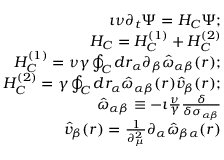
\begin{array} { r l r } & { } & { \imath \nu \partial _ { t } \Psi = { \cal H } _ { C } \Psi ; } \\ & { } & { { \cal H } _ { C } = { \cal H } _ { C } ^ { ( 1 ) } + { \cal H } _ { C } ^ { ( 2 ) } } \\ & { } & { { \cal H } _ { C } ^ { ( 1 ) } = \nu \gamma \oint _ { C } d r _ { \alpha } \partial _ { \beta } \hat { \omega } _ { \alpha \beta } ( r ) ; } \\ & { } & { { \cal H } _ { C } ^ { ( 2 ) } = \gamma \oint _ { C } d r _ { \alpha } \hat { \omega } _ { \alpha \beta } ( r ) \hat { v } _ { \beta } ( r ) ; } \\ & { } & { \hat { \omega } _ { \alpha \beta } \equiv - \imath \frac { \nu } { \gamma } \frac { \delta } { \delta \sigma _ { \alpha \beta } } } \\ & { } & { \hat { v } _ { \beta } ( r ) = \frac { 1 } { \partial _ { \mu } ^ { 2 } } \partial _ { \alpha } \hat { \omega } _ { \beta \alpha } ( r ) } \end{array}